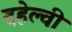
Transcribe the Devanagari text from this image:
दहेल्‍वी